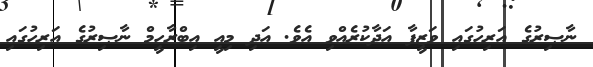
ނާޞިރުގެ އަރިހުގައި ވަޒީފާ އަދާކުރެއްވި އެވެ. އަދި މިއީ އިބްރާހީމް ނާޞިރުގެ އަރިހުގައި